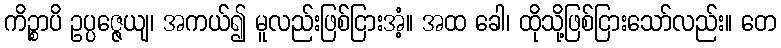
ကိဉ္စာပိ ဥပ္ပဇ္ဇေယျ၊ အကယ်၍ မူလည်းဖြစ်ငြားအံ့။ အထ ခေါ၊ ထိုသို့ဖြစ်ငြားသော်လည်း။ တေ